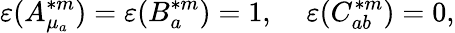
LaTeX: \varepsilon(A_{\mu_{a}}^{\ast m})=\varepsilon(B_{a}^{\ast m})=1,\; \; \; \; \varepsilon(C_{ab}^{\ast m})=0,